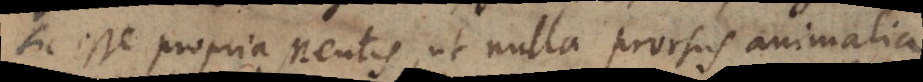
sic esse propria Mentis, ut nulla prorsus animalia